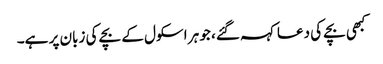
کبھی بچے کی دعا کہہ گئے، جو ہر اسکول کے بچے کی زبان پر ہے۔